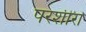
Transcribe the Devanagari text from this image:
परशीरा